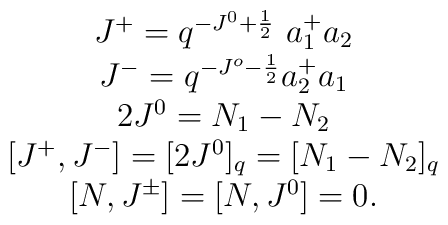
\begin{array}{c}J^{+}=q^{-J^{0}+\frac {1}{2}}\ a^{+}_{1} a_{2}\\J^{-}=q^{-J^{o}-\frac {1}{2}} a^{+}_{2} a_{1}\\2J^{0}=N_{1}-N_{2}\\\left [ J^{+},J^{-}\right ]=[2J^{0}]_{q}=[N_{1}-N_{2}]_{q}\\\left [N,J^{\pm}\right ]=[N,J^{0}]=0.\end{array}